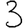
Digit: 3